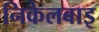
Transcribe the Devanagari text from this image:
निकेलबाइ